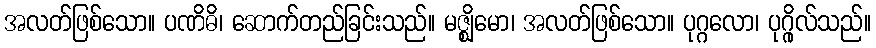
အလတ်ဖြစ်သော။ ပဏိဓိ၊ ဆောက်တည်ခြင်းသည်။ မဇ္ဈိမော၊ အလတ်ဖြစ်သော။ ပုဂ္ဂလော၊ ပုဂ္ဂိုလ်သည်။